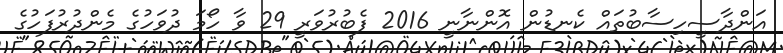
އަންދާސީހިސާބުތައް ކެނޑުން އޮންނާނީ 2016 ފެބުރުވަރީ 29 ވާ ހޯމަ ދުވަހުގެ މެންދުރުފަހުގެ